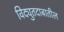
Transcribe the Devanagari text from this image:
विद्युतदाबातील